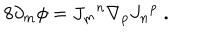
8 \partial _ { m } \phi = { J _ { m } } ^ { n } \nabla _ { p } { J _ { n } } ^ { p } \; .